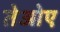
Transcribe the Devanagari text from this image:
तेओए